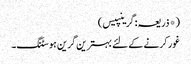
(*ذریعہ: گرینپیس)
غور کرنے کے لئے بہترین گرین ہوسٹنگ۔